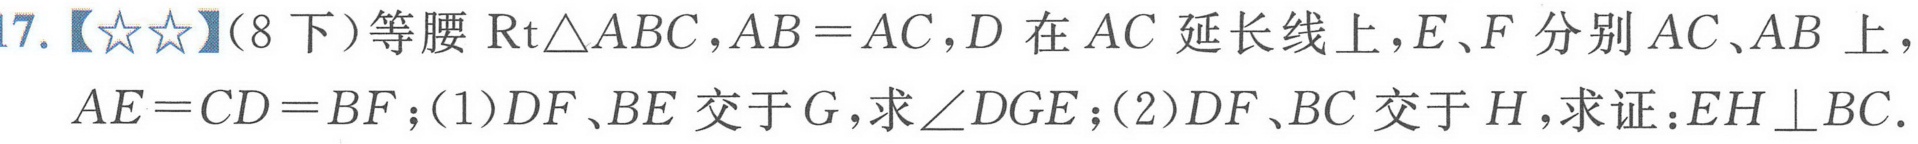
17.【★★】（8下）等腰\(\text{Rt}\triangle ABC\)，\(AB = AC\)，\(D\)在\(AC\)延长线上，\(E、F\)分别在\(AC、AB\)上，\(AE = CD = BF\)；(1)\(DF、BE\)交于\(G\)，求\(\angle DGE\)；(2)\(DF、BC\)交于\(H\)，求证：\(EH\perp BC\).